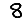
Digit: 8